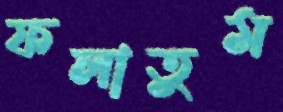
ফলাতুম